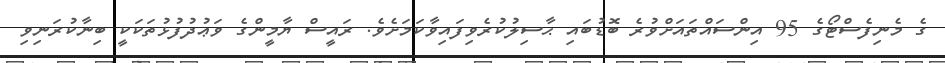
ގެ މެނިފެސްޓޯގެ 95 އިންސައްތައަށްވުރެ ބޮޑުބައި ޙާސިލުކުރެވިފައިވާކަމަށެވެ. ރައީސް ޔާމީންގެ ވަޢުދުފުޅުތަކަކީ ބިނާކުރަނިވި